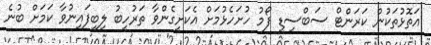
އަތޮޅުތަކުން ކަރަންޓް ސަބްސިޑީ ފޯމު ހުށަހެޅުމަށް އެކަށީގެންވާ ތަރުހީބު ލިބިފައިނުވާ ކަމަށް ބުނެ